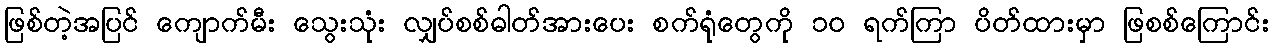
ဖြစ်တဲ့အပြင် ကျောက်မီး သွေးသုံး လျှပ်စစ်ဓါတ်အားပေး စက်ရုံတွေကို ၁၀ ရက်ကြာ ပိတ်ထားမှာ ဖြစစ်ကြောင်း